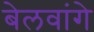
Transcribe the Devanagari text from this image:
बेलवांगे